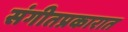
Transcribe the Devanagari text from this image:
संगीतप्रकारात